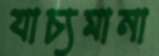
যাচ্যমানা